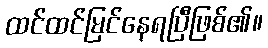
ထင်ထင်မြင်နေရပြီဖြစ်၏။